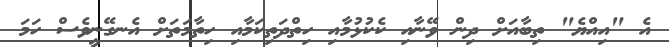
އެ "އިއްޔެ" ތިބާއަށް ދިން ވޭނާއި ކެކުޅުމާއި ހިތްދަތިކަމާއި ހިތާމަތަށް އެނގޭނީވެސް ހަމަ